Problem: 7 × 6 = ?
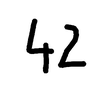
Handwritten answer: 42